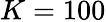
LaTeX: K=100